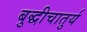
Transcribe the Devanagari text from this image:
बुद्धीचातुर्य